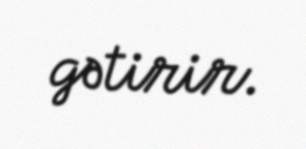
gətirir.